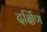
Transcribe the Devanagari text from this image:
दर्क्षिण